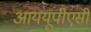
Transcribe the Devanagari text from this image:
आययूपीएसी